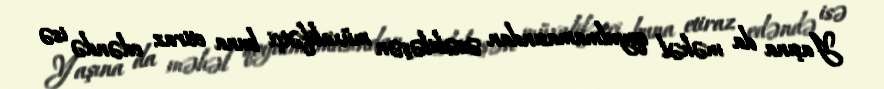
Yaşına da məhəl qoyulmamasından əsəbiləşən müxalifətçi buna etiraz edəndə isə